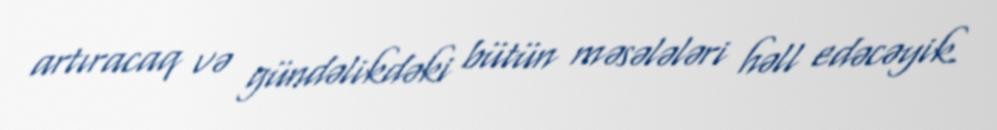
artıracaq və gündəlikdəki bütün məsələləri həll edəcəyik.